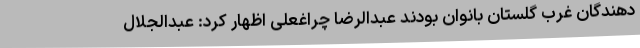
دهندگان غرب گلستان بانوان بودند عبدالرضا چراغعلی اظهار کرد: عبدالجلال